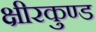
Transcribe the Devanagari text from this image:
क्षीरकुण्ड